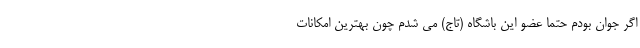
اگر جوان بودم حتما عضو این باشگاه (تاج) می شدم چون بهترین امکانات